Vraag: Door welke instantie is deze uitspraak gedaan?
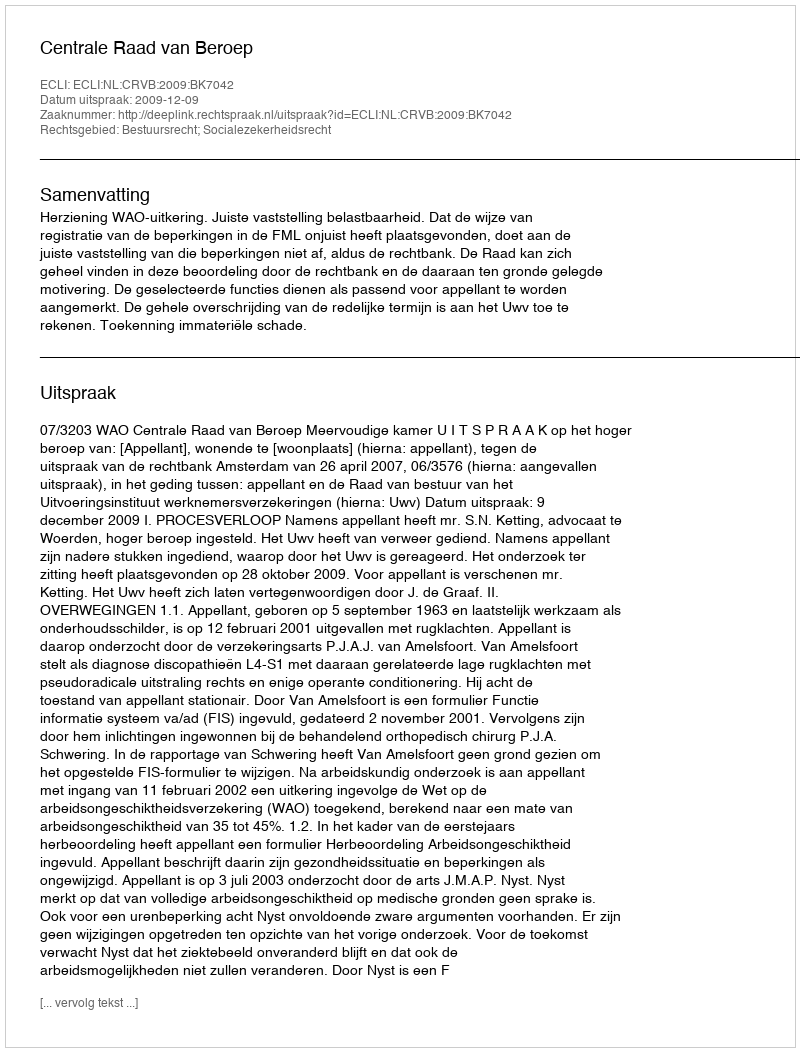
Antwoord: Centrale Raad van Beroep